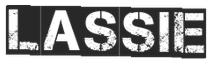
lassie